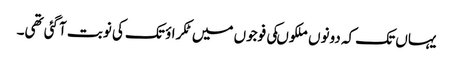
یہاں تک کہ دونوں ملکوںکی فوجوں میں ٹکراؤ تک کی نوبت آگئی تھی۔